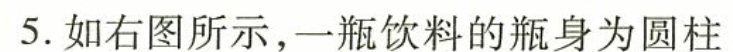
5.如右图所示,一瓶饮料的瓶身为圆柱